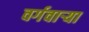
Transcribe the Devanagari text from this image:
वर्गवार्‍या